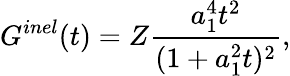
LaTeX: G^{inel}(t)=Z\frac{a_{1}^{4}t^{2}}{(1+a_{1}^{2}t)^{2}},